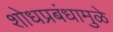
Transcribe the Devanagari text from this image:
शोधप्रबंधामुळे